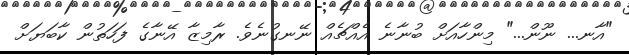
"އާނ... ނޫން..." މިންހާއަށް ބުނާނެ އެއްޗެއް ނޭނގުނެވެ. ރާމިޒާ އޭނާގެ ފަހަތުން ކާބަޔަށް